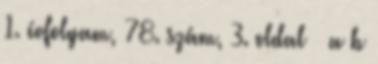
1. évfolyam, 78. szám, 3. oldal ↑ a b